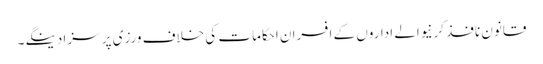
قانون نافذ کرنیوالے اداروں کے افسران احکامات کی خلاف ورزی پر سزا دینگے۔